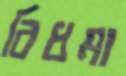
বিধমা